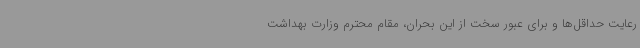
رعایت حداقل‌ها و برای عبور سخت از این بحران، مقام محترم وزارت بهداشت